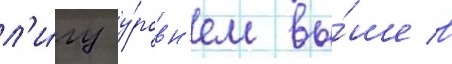
л'и́гу у́ровн'ем вы́ше в